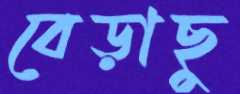
বেড়াছু